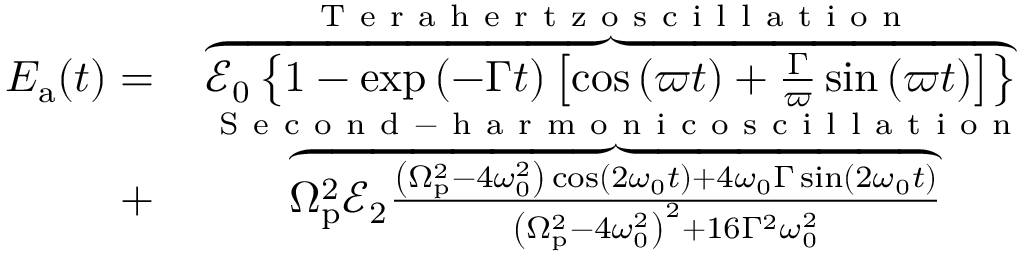
\begin{array} { r l } { E _ { \mathrm { a } } ( t ) = } & { { } \overbrace { \mathscr { E } _ { 0 } \left\{ 1 - \exp { \left( - \Gamma t \right) } \left[ \cos \left( \varpi t \right) + \frac { \Gamma } { \varpi } \sin \left( \varpi t \right) \right] \right\} } ^ { \mathrm { ~ T ~ e ~ r ~ a ~ h ~ e ~ r ~ t ~ z ~ o ~ s ~ c ~ i ~ l ~ l ~ a ~ t ~ i ~ o ~ n ~ } } } \\ { + } & { { } \overbrace { \Omega _ { \mathrm { p } } ^ { 2 } \mathscr { E } _ { 2 } \frac { \left( \Omega _ { \mathrm { p } } ^ { 2 } - 4 \omega _ { 0 } ^ { 2 } \right) \cos ( 2 \omega _ { 0 } t ) + 4 \omega _ { 0 } \Gamma \sin ( 2 \omega _ { 0 } t ) } { \left( \Omega _ { \mathrm { p } } ^ { 2 } - 4 \omega _ { 0 } ^ { 2 } \right) ^ { 2 } + 1 6 \Gamma ^ { 2 } \omega _ { 0 } ^ { 2 } } } ^ { \mathrm { ~ S ~ e ~ c ~ o ~ n ~ d ~ - ~ h ~ a ~ r ~ m ~ o ~ n ~ i ~ c ~ o ~ s ~ c ~ i ~ l ~ l ~ a ~ t ~ i ~ o ~ n ~ } } } \end{array}